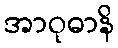
အာဝုဓာနိ